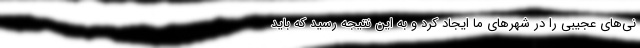
نی‌های عجیبی را در شهرهای ما ایجاد کرد و به این نتیجه رسید که باید